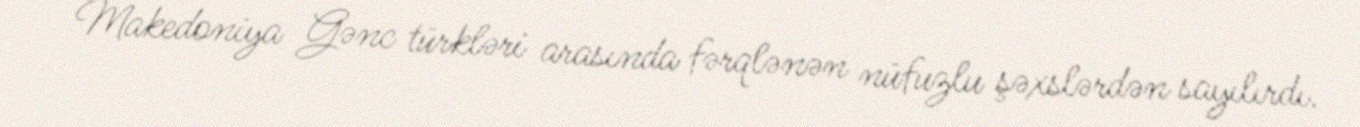
Makedoniya Gənc türkləri arasında fərqlənən nüfuzlu şəxslərdən sayılırdı.